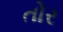
તોર